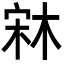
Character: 𣒐